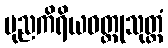
ပုညကိရိယဝတ္ထုသုတ္တံ